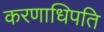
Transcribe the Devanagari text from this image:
करणाधिपति